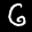
Label: 6